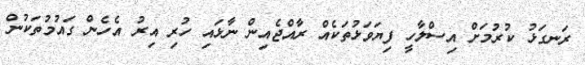
ރަނގަޅު ކުރުމަށް އިސްލާހީ ފިޔަވަޅުތަކެއް ރާއްޖެއިން ނާޅައި ހުރި އިރު އެހެން ގައުމުތަކުން